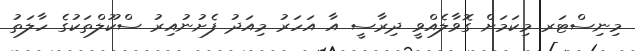
މިނިސްޓަރ މިކަމަށް ގޮވާލެއްވީ ދިރާސީ އާ އަހަރު މިއަދު ފެށުނުއިރު ސްކޫލްތަކުގެ ހާލަތު